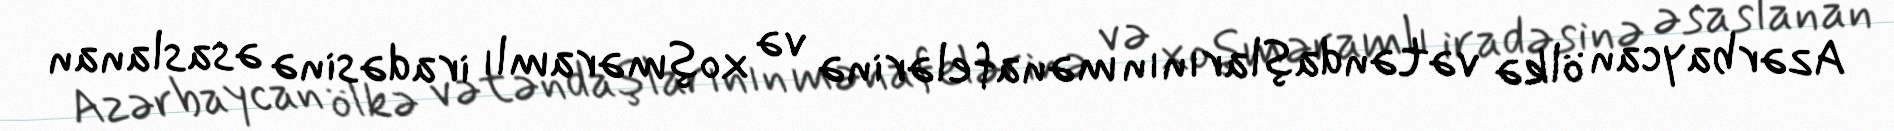
Azərbaycan ölkə vətəndaşlarının mənafelərinə və xoşməramlı iradəsinə əsaslanan